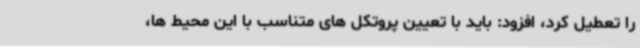
را تعطیل کرد، افزود: باید با تعیین پروتکل های متناسب با این محیط ها،